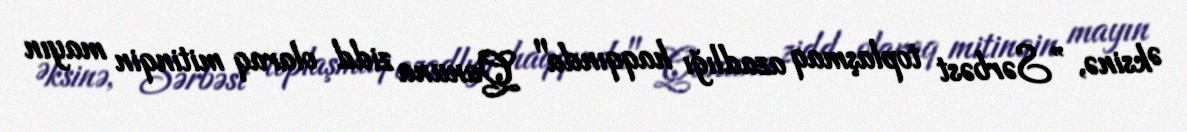
Əksinə, ”Sərbəst toplaşmaq azadlığı haqqında" Qanuna zidd olaraq mitinqin mayın